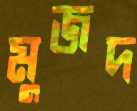
মুজদ